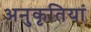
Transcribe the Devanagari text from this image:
अनुकृतियां